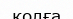
қолға